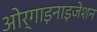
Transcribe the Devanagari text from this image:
ओर्गाइनाइजेशन